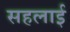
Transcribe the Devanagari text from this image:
सहलाई